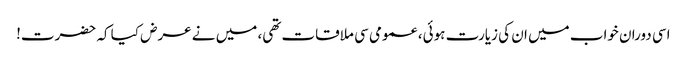
اسی دوران خواب میں ان کی زیارت ہوئی، عمومی سی ملاقات تھی، میں نے عرض کیا کہ حضرت!